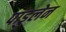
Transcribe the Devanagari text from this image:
पांडुलेन